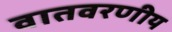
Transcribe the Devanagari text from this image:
वातवरणीय